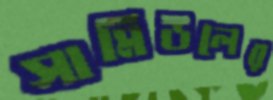
সামিউলের